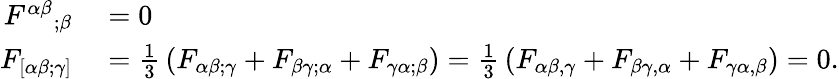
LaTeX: \begin{array}{rl}{{F^{\alpha\beta}}_{;\beta}}&{{}=0}\\ {F_{[\alpha\beta;\gamma]}}&{{}={\frac{1}{3}}\left(F_{\alpha\beta;\gamma}+F_{\beta\gamma;\alpha}+F_{\gamma\alpha;\beta}\right)={\frac{1}{3}}\left(F_{\alpha\beta,\gamma}+F_{\beta\gamma,\alpha}+F_{\gamma\alpha,\beta}\right)=0.}\end{array}